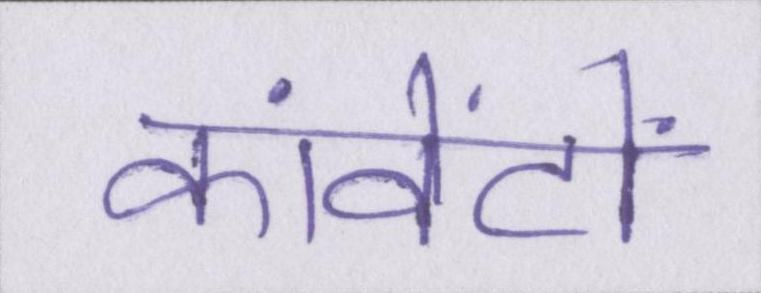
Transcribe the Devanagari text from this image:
कांवेंटों